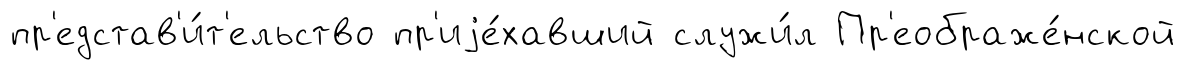
пр'едстав'и́т'ельство пр'иjе́хавший служи́л Пр'еображе́нской